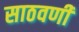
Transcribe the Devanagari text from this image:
साठवणी